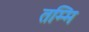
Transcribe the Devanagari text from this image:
तम्मि